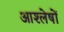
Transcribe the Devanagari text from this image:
आश्लेषों